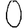
Digit: 0